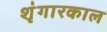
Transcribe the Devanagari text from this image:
शृंगारकाल